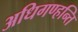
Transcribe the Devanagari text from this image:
अधिगण्हन्ति